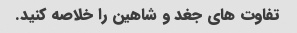
تفاوت های جغد و شاهین را خلاصه کنید.